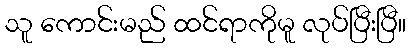
သူ ကောင်းမည် ထင်ရာကိုမူ လုပ်ပြီးပြီ။